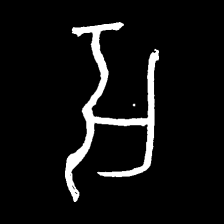
Pyu character \u2014 Myanmar letter: အ (romanized: a)